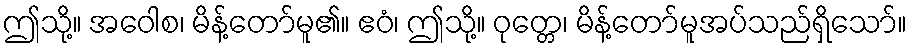
ဤသို့။ အဝေါစ၊ မိန့်တော်မူ၏။ ဧဝံ၊ ဤသို့။ ဝုတ္တေ၊ မိန့်တော်မူအပ်သည်ရှိသော်။